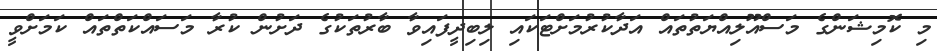
މި ކޮމިޝަންގެ މަސްއޫލިއްޔަތުތައް އަދާކުރުމަށްޓަކައި ލިބިދީފައިވާ ބާރުތަކުގެ ދަށުން ކުރާ މަސައްކަތްތައް ކަމަށްވީ